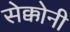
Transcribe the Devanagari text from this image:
सेक्कोनी